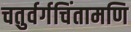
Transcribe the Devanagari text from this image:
चतुर्वर्गचिंतामणि